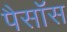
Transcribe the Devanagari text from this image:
पैसॉस